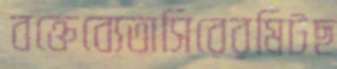
বক্তেব্যেতাসিরেরমিটছ